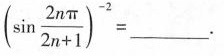
(\sin \frac{2n \pi}{2n+1})^{-2}=______$$ 。